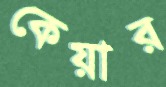
কেয়ার